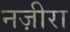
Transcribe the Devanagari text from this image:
नज़ीरा